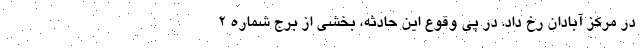
در مرکز آبادان رخ داد. در پی وقوع این حادثه، بخشی از برج شماره ۲